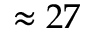
\approx 2 7